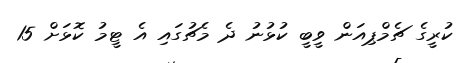
ކުރީގެ ޗެމްޕިއަން ވީބީ ކުޅުނު ދެ މެޗުގައި އެ ޓީމު ކޮޅަށް 15